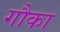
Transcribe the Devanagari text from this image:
गौका